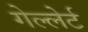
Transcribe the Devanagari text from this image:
गेल्लेर्ट